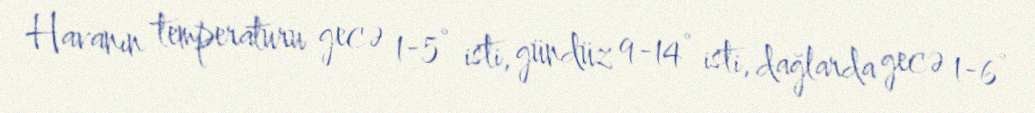
Havanın temperaturu gecə 1-5° isti, gündüz 9-14° isti, dağlarda gecə 1-6°